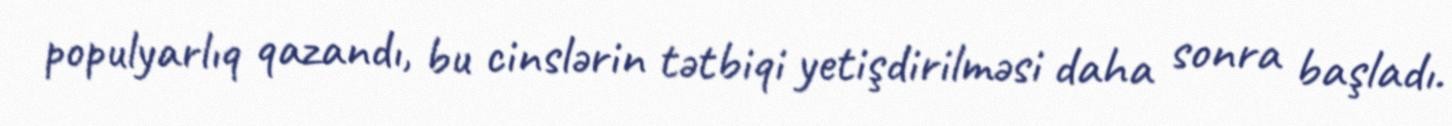
populyarlıq qazandı, bu cinslərin tətbiqi yetişdirilməsi daha sonra başladı.